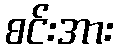
စင်းအား